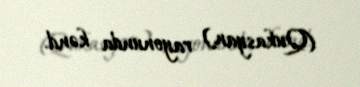
(Qukasyan) rayonunda kənd.